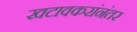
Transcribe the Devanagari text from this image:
खटावकरांनंतर